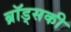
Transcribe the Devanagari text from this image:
ब्रॉड्सकी